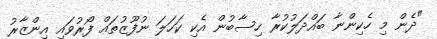
"ދެން މި ހެކިންނާ ބައްދަލުކުރާ ހިސާބުން އެކި ކަހަލަ ނުފޫޒުތައް ފޯރުވައި އިންޒާރު